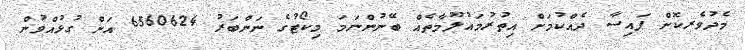
މެދުވެރކޮށް ފައިސާ ދެއްކުމަށް އިތުރުމައުލޫމާތެއް ބޭނުންނަމަ މިކޯޓުގެ ނަންބަރު 6560624 އަށް ގުޅުއްވުން